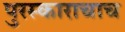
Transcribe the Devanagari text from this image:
पुरस्काराचाच